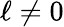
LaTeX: \ell\ne 0